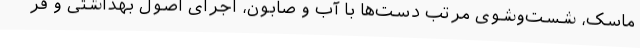
ماسک، شست‌وشوی مرتب دست‌ها با آب و صابون، اجرای اصول بهداشتی و قر